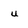
Character: u